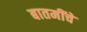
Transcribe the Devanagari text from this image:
बातमींचे